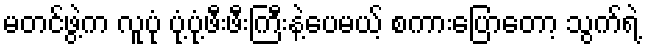
မတင်ဖွဲ့က လူပုံ ပုံ့ပုံ့ဖီးဖီးကြီးနဲ့ပေမယ့် စကားပြောတော့ သွက်ရဲ့